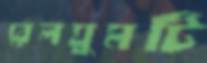
রেলঘুমটি